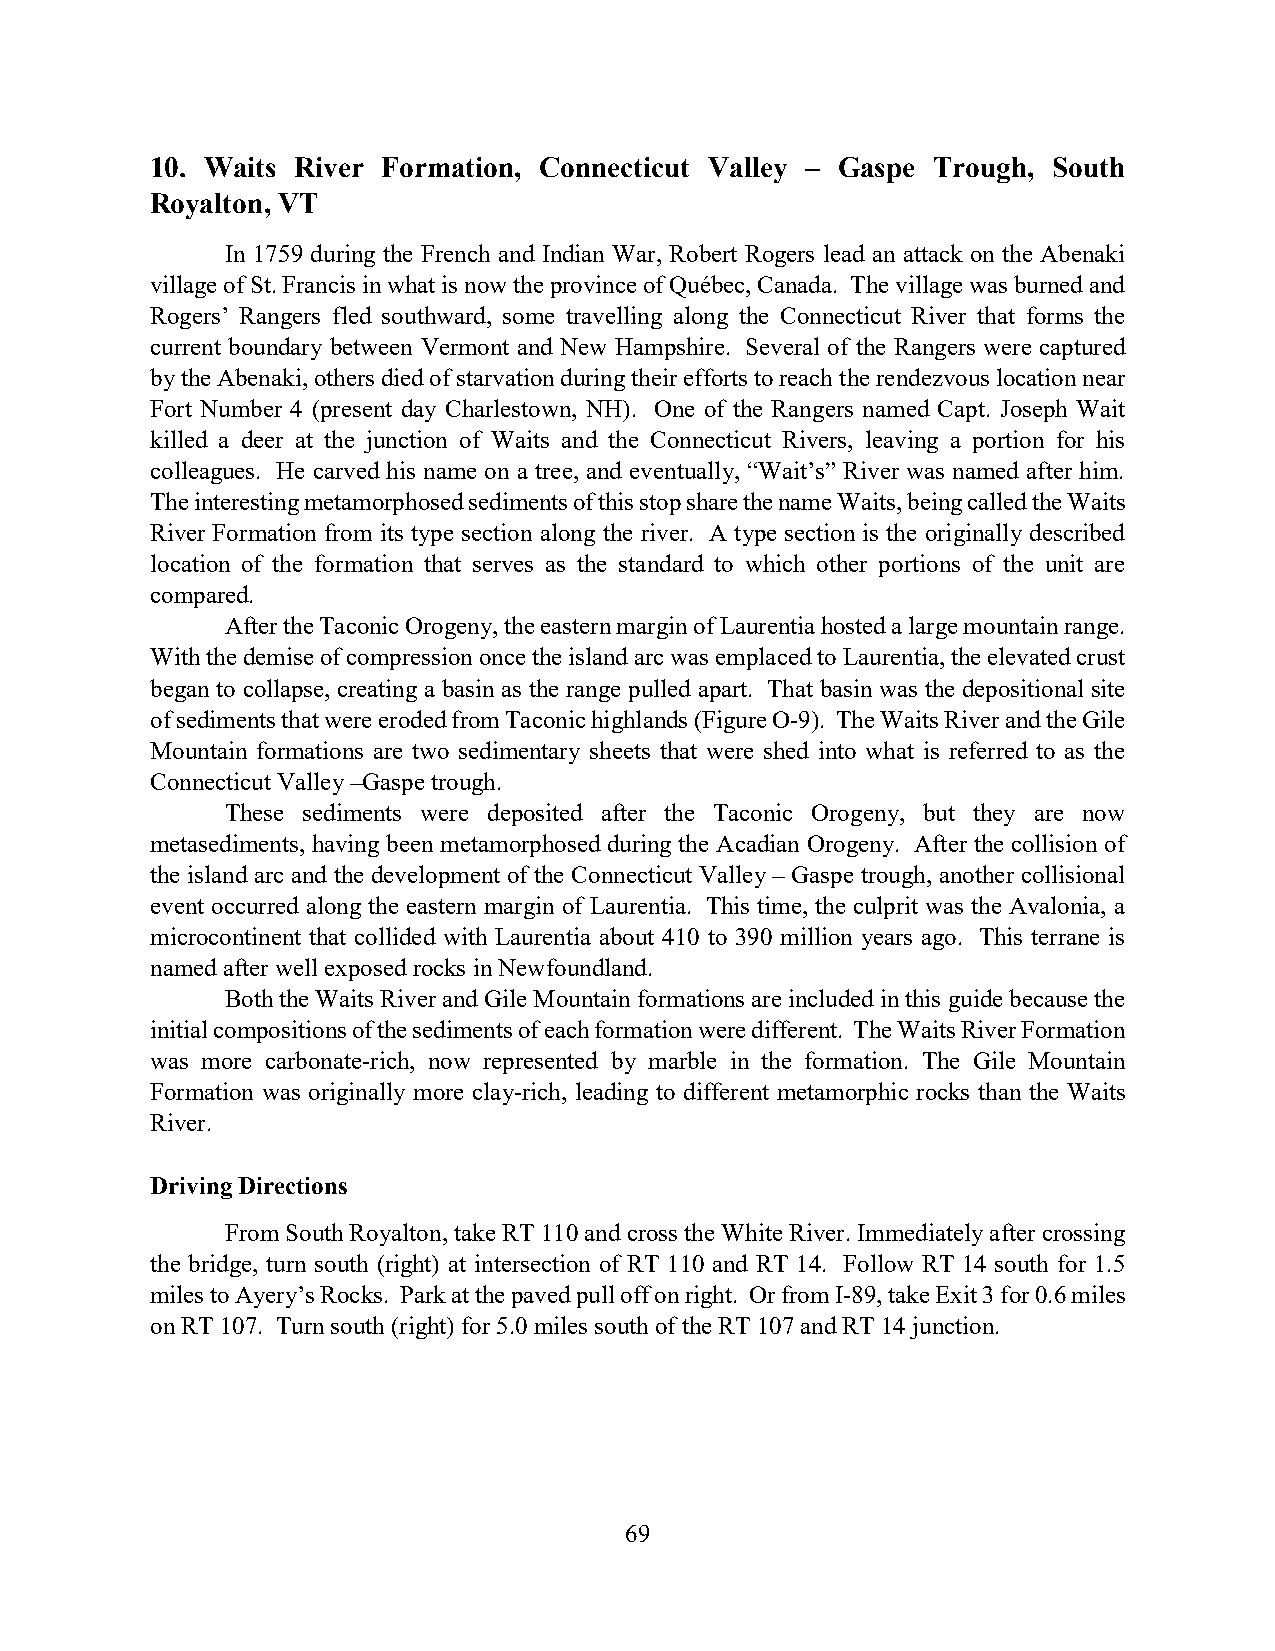
10. Waits River Formation, Connecticut Valley – Gaspe Trough, South
 Royalton, VT
 In 1759 during the French and Indian War, Robert Rogers lead an attack on the Abenaki
 village of St. Francis in what is now the province of Québec, Canada. The village was burned and
 Rogers’ Rangers fled southward, some travelling along the Connecticut River that forms the
 current boundary between Vermont and New Hampshire. Several of the Rangers were captured
 by the Abenaki, others died of starvation during their efforts to reach the rendezvous location near
 Fort Number 4 (present day Charlestown, NH). One of the Rangers named Capt. Joseph Wait
 killed a deer at the junction of Waits and the Connecticut Rivers, leaving a portion for his
 colleagues. He carved his name on a tree, and eventually, “Wait’s” River was named after him.
 The interesting metamorphosed sediments of this stop share the name Waits, being called the Waits
 River Formation from its type section along the river. A type section is the originally described
 location of the formation that serves as the standard to which other portions of the unit are
 compared.
 After the Taconic Orogeny, the eastern margin of Laurentia hosted a large mountain range.
 With the demise of compression once the island arc was emplaced to Laurentia, the elevated crust
 began to collapse, creating a basin as the range pulled apart. That basin was the depositional site
 of sediments that were eroded from Taconic highlands (Figure O-9). The Waits River and the Gile
 Mountain formations are two sedimentary sheets that were shed into what is referred to as the
 Connecticut Valley –Gaspe trough.
 These sediments were deposited after the Taconic Orogeny, but they are now
 metasediments, having been metamorphosed during the Acadian Orogeny. After the collision of
 the island arc and the development of the Connecticut Valley – Gaspe trough, another collisional
 event occurred along the eastern margin of Laurentia. This time, the culprit was the Avalonia, a
 microcontinent that collided with Laurentia about 410 to 390 million years ago. This terrane is
 named after well exposed rocks in Newfoundland.
 Both the Waits River and Gile Mountain formations are included in this guide because the
 initial compositions of the sediments of each formation were different. The Waits River Formation
 was more carbonate-rich, now represented by marble in the formation. The Gile Mountain
 Formation was originally more clay-rich, leading to different metamorphic rocks than the Waits
 River.
 Driving Directions
 From South Royalton, take RT 110 and cross the White River. Immediately after crossing
 the bridge, turn south (right) at intersection of RT 110 and RT 14. Follow RT 14 south for 1.5
 miles to Ayery’s Rocks. Park at the paved pull off on right. Or from I-89, take Exit 3 for 0.6 miles
 on RT 107. Turn south (right) for 5.0 miles south of the RT 107 and RT 14 junction.
 69